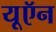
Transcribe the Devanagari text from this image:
यूऍन